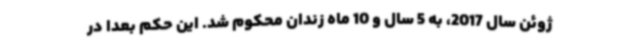
ژوئن سال 2017، به 5 سال و 10 ماه زندان محکوم شد. این حکم بعداً در